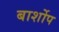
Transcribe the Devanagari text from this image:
बार्शोप